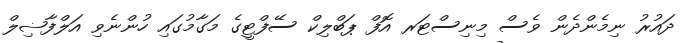
ދައުރު ނިމެންދެން ވެސް މިނިސްޓަރ އޮފް ޕަބްލިކް ސޭފްޓީގެ މަގާމުގައި ހުންނެވި އަލްފާޟިލް